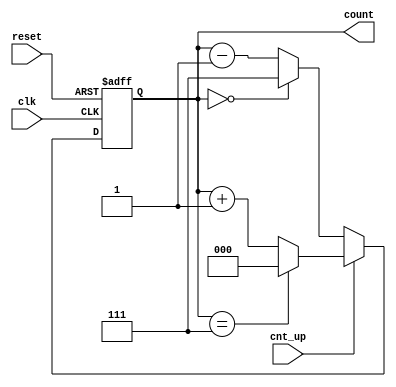
module up_down_counter (
    input wire clk,          // Asynchronous clock input
    input wire cnt_up,      // Control signal for counting direction
    input wire reset,       // Asynchronous active-high reset signal
    output reg [2:0] count  // 3-bit binary output for the current count value
);

    // Define the maximum count value for a 3-bit counter
    localparam MAX_COUNT = 3'b111; // 7 in decimal

    // Asynchronous reset and counting logic
    always @(posedge clk or posedge reset) begin
        if (reset) begin
            count <= 3'b000; // Reset count to 0
        end else begin
            if (cnt_up) begin
                // Up counting
                if (count == MAX_COUNT) begin
                    count <= 3'b000; // Wrap around to 0
                end else begin
                    count <= count + 1; // Increment count
                end
            end else begin
                // Down counting
                if (count == 3'b000) begin
                    count <= MAX_COUNT; // Wrap around to MAX_COUNT
                end else begin
                    count <= count - 1; // Decrement count
                end
            end
        end
    end

endmodule